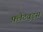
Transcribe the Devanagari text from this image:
फ़्लैटवुड्स